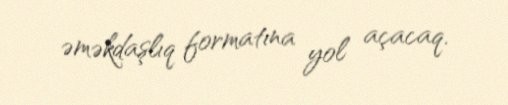
əməkdaşlıq formatına yol açacaq.